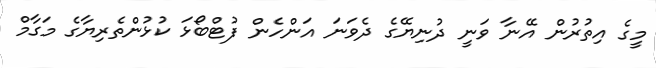
މީގެ އިތުރުން އޭނާ ވަނީ ދުނިޔޭގެ ދެވަނަ އަންހެން ފުޓްބޯޅަ ކުޅުންތެރިޔާގެ މަގާމް